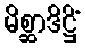
မိစ္ဆာဒိဋ္ဌိံ